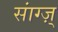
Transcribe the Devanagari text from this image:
सांग्ज़्‌